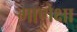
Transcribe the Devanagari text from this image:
माणेक्षा